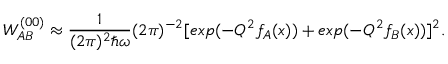
W _ { A B } ^ { ( 0 0 ) } \approx \frac { 1 } { ( 2 \pi ) ^ { 2 } \hbar \omega } ( 2 \pi ) ^ { - 2 } [ e x p ( - { \cal Q } ^ { 2 } f _ { A } ( x ) ) + e x p ( - { \cal Q } ^ { 2 } f _ { B } ( x ) ) ] ^ { 2 } .